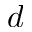
d